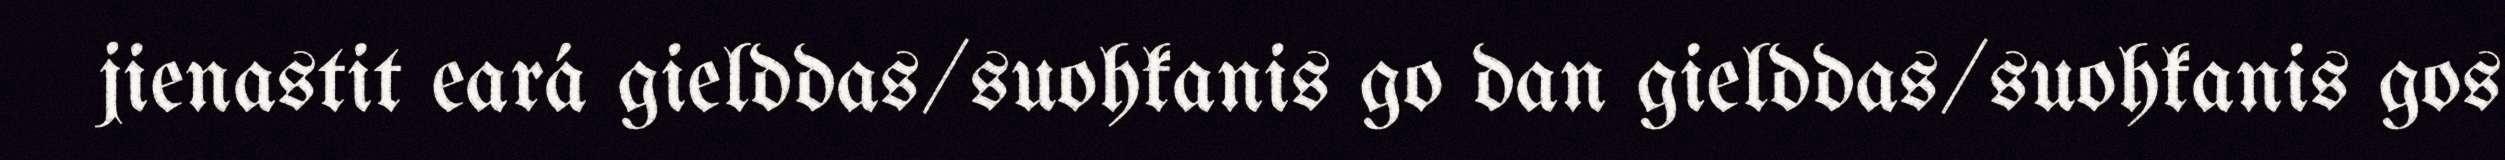
jienastit eará gielddas/suohkanis go dan gielddas/suohkanis gos